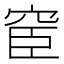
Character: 䆠